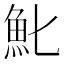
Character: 𩵏